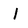
Character: l